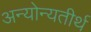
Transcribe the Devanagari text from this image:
अन्योन्यतीर्थ